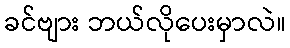
ခင်ဗျား ဘယ်လိုပေးမှာလဲ။